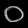
Digit: ၀